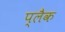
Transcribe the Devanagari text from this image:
प्लैक